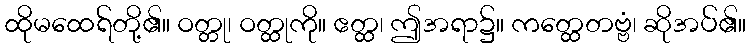
ထိုမထေရ်တို့၏။ ဝတ္တု၊ ဝတ္ထုကို။ ဧတ္ထ၊ ဤအရာ၌။ ကတ္ထေတဗ္ဗံ၊ ဆိုအပ်၏။